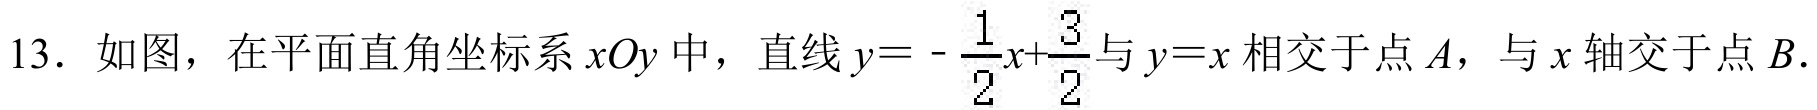
13. 如图，在平面直角坐标系\(xOy\)中，直线\(y = -\dfrac{1}{2}x+\dfrac{3}{2}\)与\(y = x\)相交于点\(A\)，与\(x\)轴交于点\(B\).